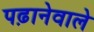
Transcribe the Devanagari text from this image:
पढ़ानेवाले